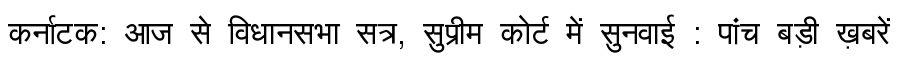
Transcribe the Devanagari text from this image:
कर्नाटक: आज से विधानसभा सत्र, सुप्रीम कोर्ट में सुनवाई : पांच बड़ी ख़बरें